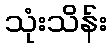
သုံးသိန်း